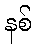
နစ်